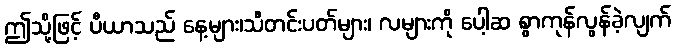
ဤသို့ဖြင့် ပီယာသည် နေ့များ၊သီတင်းပတ်များ၊ လများကို ပေါ့ဆ စွာကုန်လွန်ခဲ့လျက်